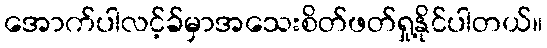
အောက်ပါလင့်ခ်မှာအသေးစိတ်ဖတ်ရှု့နိုင်ပါတယ်။